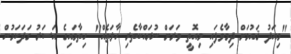
"މިއަދު ޤައުމަށް ދިމާވެފައި މިއޮތީ ވަރަށް ނުރައްކާތެރި ހާލަތެއް" ހިތާމައިގެ އަސަރު ގަދަކަމުން